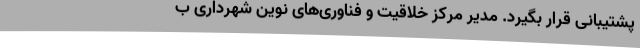
پشتیبانی قرار بگیرد. مدیر مرکز خلاقیت و فناوری‌های نوین شهرداری ب